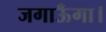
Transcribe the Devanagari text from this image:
जगाऊँगा।